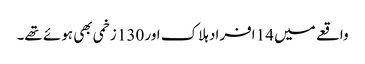
واقعے میں 14 افراد ہلاک اور 130 زخمی بھی ہوئے تھے۔